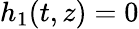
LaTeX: h_{1}(t,z)=0